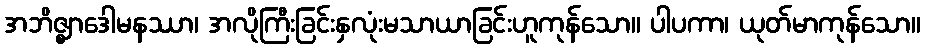
အဘိဇ္ဈာဒေါမနဿာ၊ အလိုကြီးခြင်းနှလုံးမသာယာခြင်းဟူကုန်သော။ ပါပကာ၊ ယုတ်မာကုန်သော။